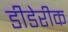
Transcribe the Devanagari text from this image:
डीडेरीक